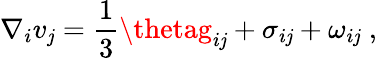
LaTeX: \nabla_{i}v_{\mathit{j}}=\frac{{1}}{{3}}\thetag_{i\mathit{j}}+\sigma_{i\mathit{j}}+{\omega}_{i\mathit{j}}\; ,